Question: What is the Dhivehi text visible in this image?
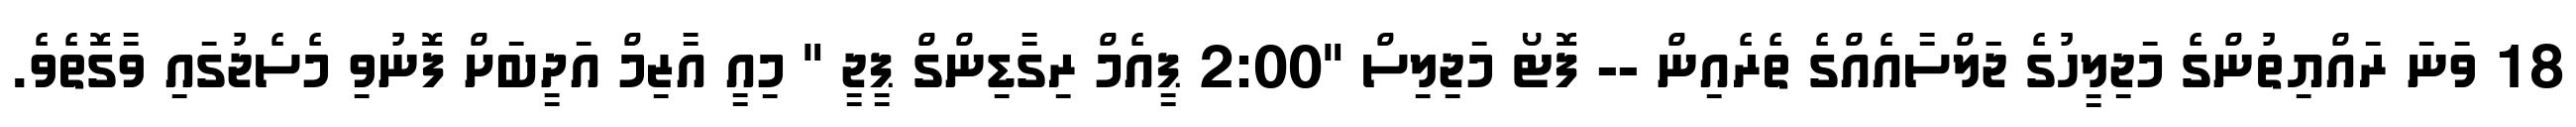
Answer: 18 ވަނަ ރައްޔިތުންގެ މަޖިލީހުގެ ޖަަލްސާއެއްގެ ތެރެއިން -- ފޮޓޯ މަޖިލިސް "2:00 ޕީއެމް ރިގާޑިންގް ޕީޖީ " މިއީ އާޒިމް އަދީބަށް ފޮނުވި މެސެޖުގައި ވާގޮތެވެ.